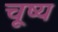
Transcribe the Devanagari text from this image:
चूष्य